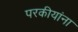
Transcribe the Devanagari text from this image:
परकीयांना